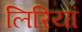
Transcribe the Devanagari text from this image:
लिरियां